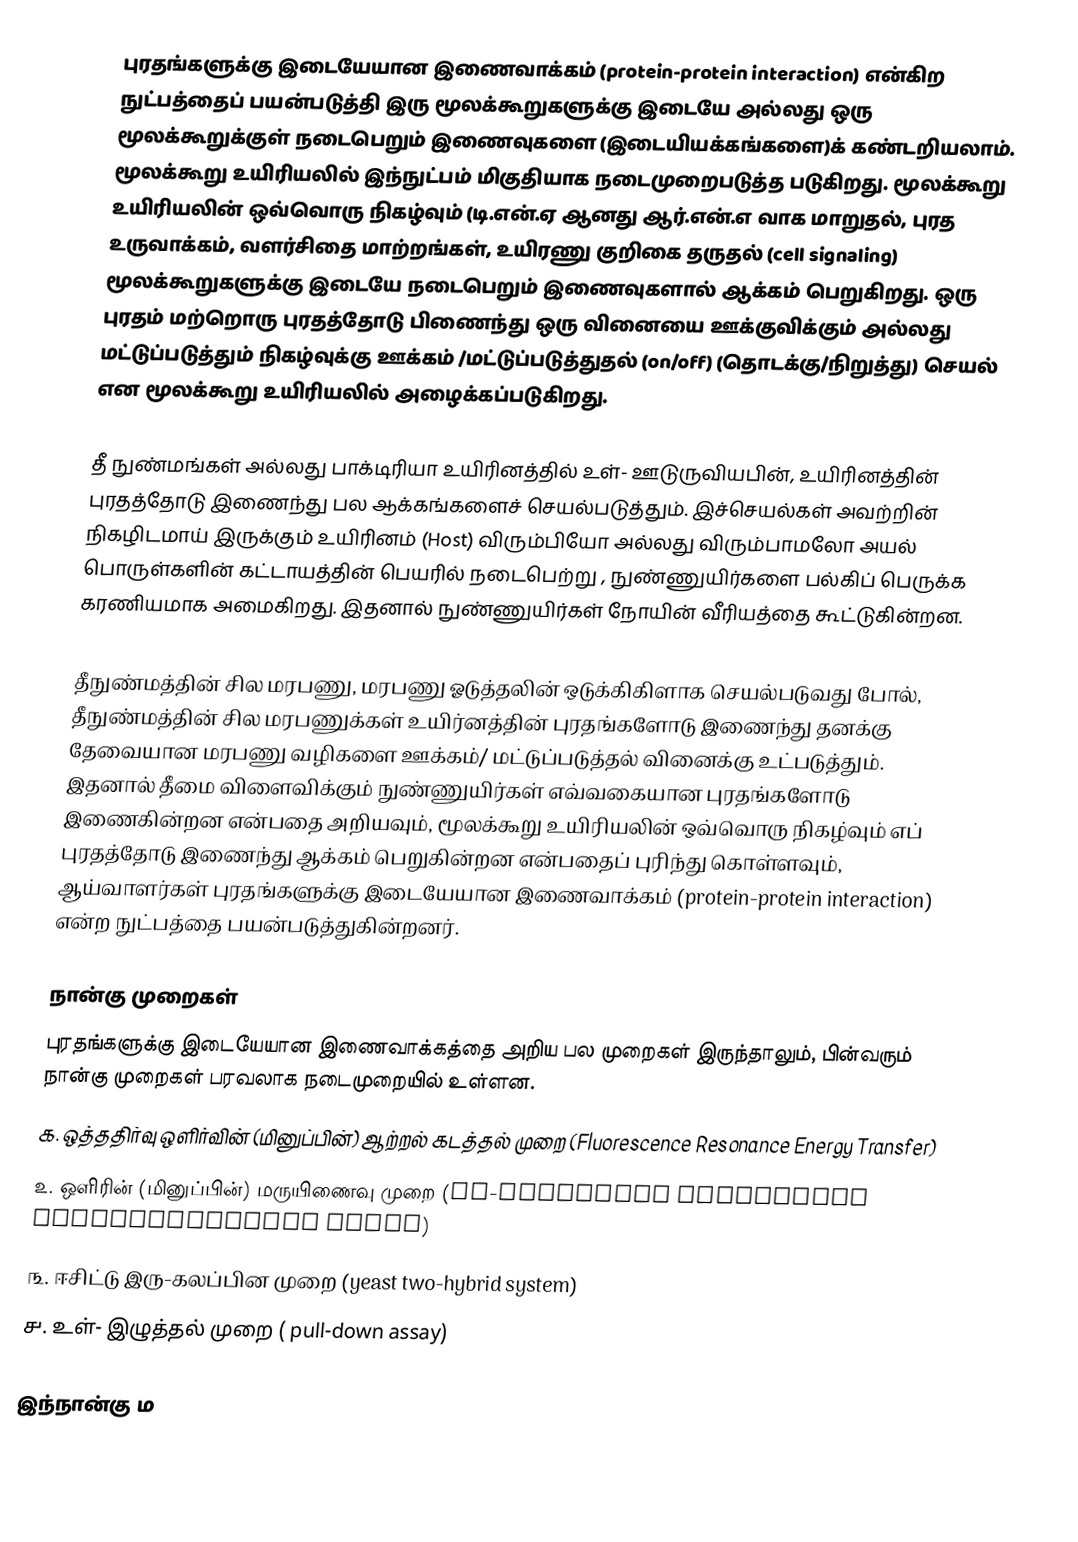
புரதங்களுக்கு இடையேயான இணைவாக்கம் (protein-protein interaction) என்கிற நுட்பத்தைப் பயன்படுத்தி இரு மூலக்கூறுகளுக்கு இடையே அல்லது ஒரு மூலக்கூறுக்குள் நடைபெறும் இணைவுகளை (இடையியக்கங்களை)க் கண்டறியலாம். மூலக்கூறு உயிரியலில் இந்நுட்பம் மிகுதியாக நடைமுறைபடுத்த படுகிறது. மூலக்கூறு உயிரியலின் ஒவ்வொரு நிகழ்வும் (டி.என்.ஏ ஆனது ஆர்.என்.எ வாக மாறுதல், புரத உருவாக்கம், வளர்சிதை மாற்றங்கள், உயிரணு குறிகை தருதல் (cell signaling) மூலக்கூறுகளுக்கு இடையே நடைபெறும் இணைவுகளால் ஆக்கம் பெறுகிறது. ஒரு புரதம் மற்றொரு புரதத்தோடு பிணைந்து ஒரு வினையை ஊக்குவிக்கும் அல்லது மட்டுப்படுத்தும் நிகழ்வுக்கு ஊக்கம் /மட்டுப்படுத்துதல் (on/off) (தொடக்கு/நிறுத்து) செயல் என மூலக்கூறு உயிரியலில் அழைக்கப்படுகிறது.

தீ நுண்மங்கள் அல்லது பாக்டிரியா உயிரினத்தில் உள்- ஊடுருவியபின், உயிரினத்தின் புரதத்தோடு இணைந்து பல ஆக்கங்களைச் செயல்படுத்தும். இச்செயல்கள் அவற்றின் நிகழிடமாய் இருக்கும் உயிரினம் (Host) விரும்பியோ அல்லது விரும்பாமலோ அயல் பொருள்களின் கட்டாயத்தின் பெயரில் நடைபெற்று , நுண்ணுயிர்களை பல்கிப் பெருக்க கரணியமாக அமைகிறது. இதனால் நுண்ணுயிர்கள் நோயின் வீரியத்தை கூட்டுகின்றன.

தீநுண்மத்தின் சில மரபணு, மரபணு ஓடுத்தலின் ஒடுக்கிகிளாக செயல்படுவது போல், தீநுண்மத்தின் சில மரபணுக்கள் உயிர்னத்தின் புரதங்களோடு இணைந்து தனக்கு தேவையான மரபணு வழிகளை ஊக்கம்/ மட்டுப்படுத்தல் வினைக்கு உட்படுத்தும். இதனால் தீமை விளைவிக்கும் நுண்ணுயிர்கள் எவ்வகையான புரதங்களோடு இணைகின்றன என்பதை அறியவும், மூலக்கூறு உயிரியலின் ஒவ்வொரு நிகழ்வும் எப் புரதத்தோடு இணைந்து ஆக்கம் பெறுகின்றன என்பதைப் புரிந்து கொள்ளவும், ஆய்வாளர்கள் புரதங்களுக்கு இடையேயான இணைவாக்கம் (protein-protein interaction) என்ற நுட்பத்தை பயன்படுத்துகின்றனர்.

நான்கு முறைகள்
புரதங்களுக்கு இடையேயான இணைவாக்கத்தை அறிய பல முறைகள் இருந்தாலும், பின்வரும் நான்கு முறைகள் பரவலாக நடைமுறையில் உள்ளன.
 ௧. ஒத்ததிர்வு ஒளிர்வின் (மினுப்பின்) ஆற்றல் கடத்தல் முறை (Fluorescence Resonance Energy Transfer)
 ௨. ஒளிரின் (மினுப்பின்) மருயிணைவு முறை (Bi-molecular florescent complementation assay)
 ௩. ஈசிட்டு இரு-கலப்பின முறை (yeast two-hybrid system)
 ௪. உள்- இழுத்தல் முறை ( pull-down assay)

இந்நான்கு ம